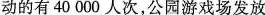
动的有40000人次，公园游戏场发放